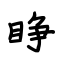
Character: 睁